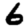
Digit: 6